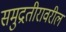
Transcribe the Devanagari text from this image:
समुद्रतीरावरील